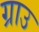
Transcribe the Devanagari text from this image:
ग्राउ